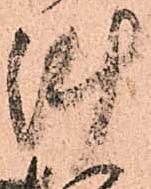
陣